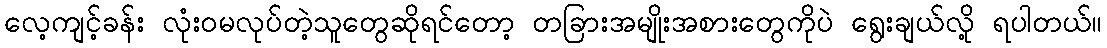
လေ့ကျင့်ခန်း လုံးဝမလုပ်တဲ့သူတွေဆိုရင်တော့ တခြားအမျိုးအစားတွေကိုပဲ ရွေးချယ်လို့ ရပါတယ်။